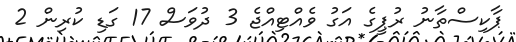
ޕާކިސްތާނު ރުޕީގެ އަގު ވެއްޓިއްޖެ 3 ދުވަސް 17 ގަޑި ކުރިން 2